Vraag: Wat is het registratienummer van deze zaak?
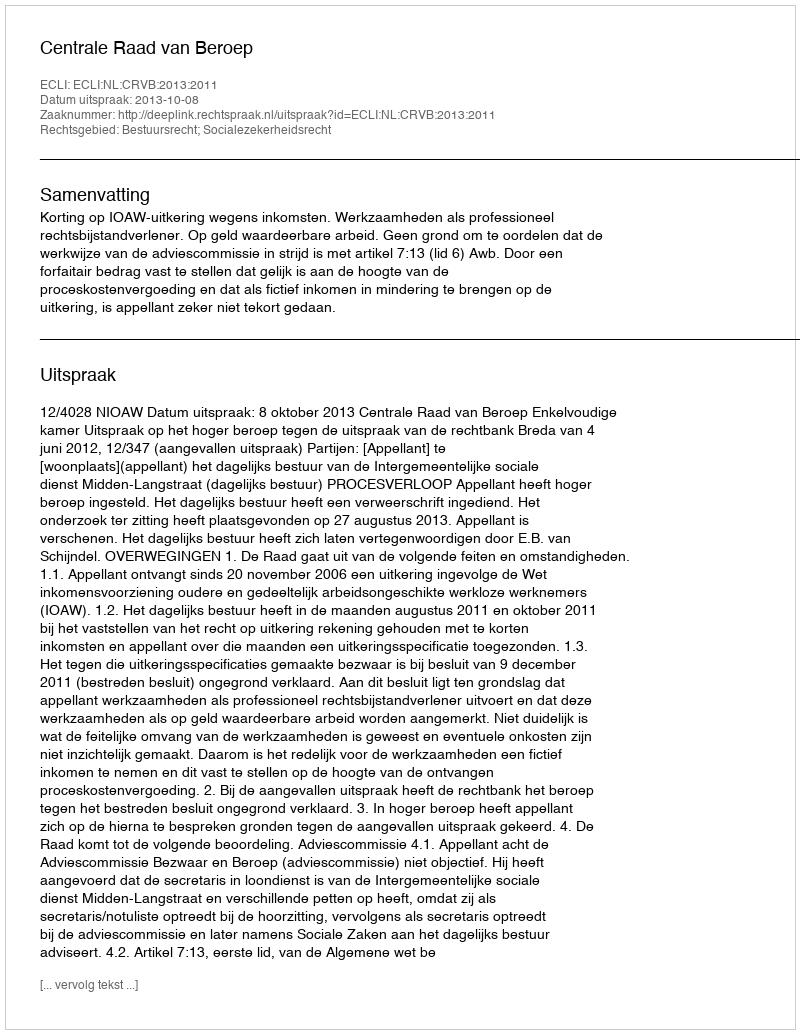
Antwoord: http://deeplink.rechtspraak.nl/uitspraak?id=ECLI:NL:CRVB:2013:2011